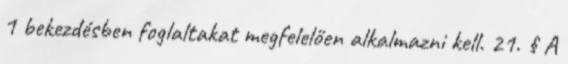
1 bekezdésben foglaltakat megfelelően alkalmazni kell. 21. § A